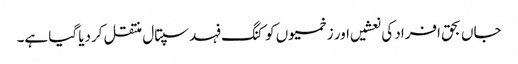
جاں بحق افراد کی نعشیں اور زخمیوں کو کنگ فہد سپتال منتقل کردیا گیا ہے۔